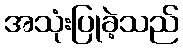
အသုံးပြုခဲ့သည်